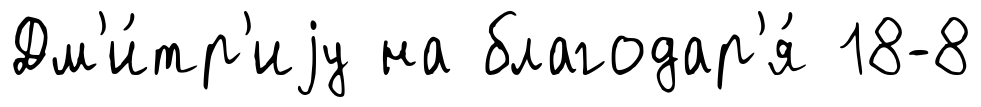
Дм'и́тр'иjу на благодар'я́ 18-8